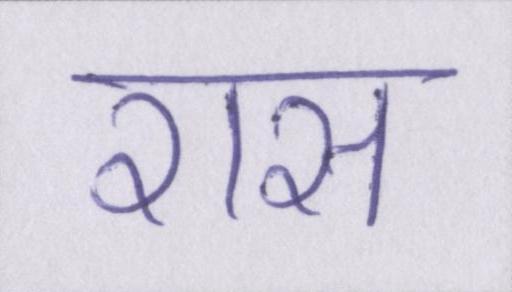
रास